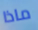
ماذا